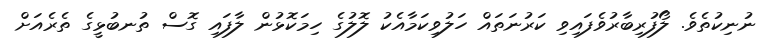
ނުނިކުތެވެ. ލޯފުރިބާރުވެފައިވި ކަރުނަތައް ހަލުވިކަމާއެކު ލޮލުގެ ހިމަކޮޅުން ލާފައި ގޮސް ތުނބުޅީގެ ތެރެއަށް